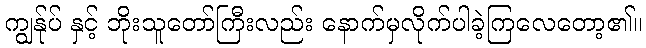
ကျွန်ုပ် နှင့် ဘိုးသူတော်ကြီးလည်း နောက်မှလိုက်ပါခဲ့ကြလေတော့၏။